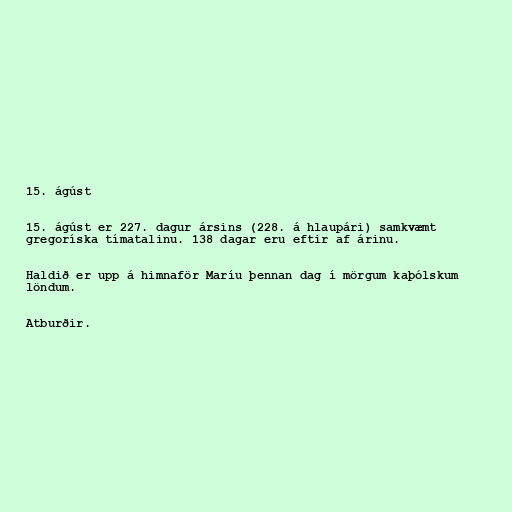
15. ágúst

15. ágúst er 227. dagur ársins (228. á hlaupári) samkvæmt
gregoríska tímatalinu. 138 dagar eru eftir af árinu.

Haldið er upp á himnaför Maríu þennan dag í mörgum kaþólskum
löndum.

Atburðir.